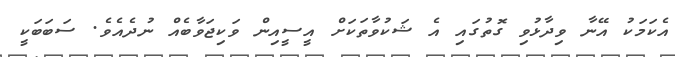
އެކަމަކު އޭނާ ވިދާޅުވި ގޮތުގައި އެ ޝަކުވާތަކަށް އީސީއިން ވަކިޖަވާބެއް ނުދެއެވެ. ސަބަބަކީ